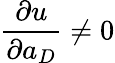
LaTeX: \frac{\partial u}{\partial a_{D}}\neq 0